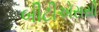
બીટીએસસી